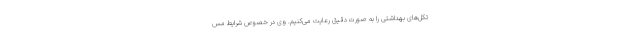
تکل‌های بهداشتی را به صورت دقیق رعایت می‌کنیم. وی در خصوص شرایط مس